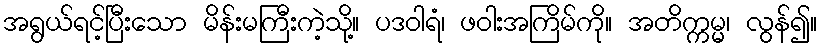
အရွယ်ရင့်ပြီးသော မိန်းမကြီးကဲ့သို့။ ပဒဝါရံ၊ ဖဝါးအကြိမ်ကို။ အတိက္ကမ္မ၊ လွန်၍။